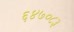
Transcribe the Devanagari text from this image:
६४७०८३